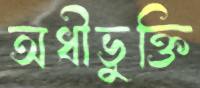
অধীভুক্তি